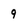
Character: 9